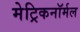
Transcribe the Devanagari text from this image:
मेट्रिकनॉर्मल